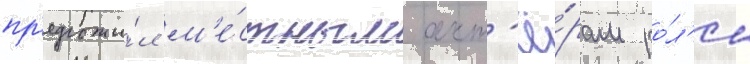
пр'едложи́л м'е́стным акт'ё́рам ро́л'и